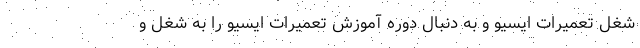
شغل تعمیرات ایسیو و به دنبال دوره آموزش تعمیرات ایسیو را به شغل و